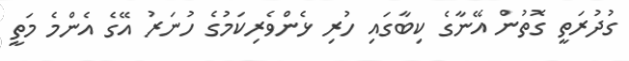
ގުދުރަތީ ގޮތުން އޭނާގެ ކިބާގައި ހުރި ޅެންވެރިކަމުގެ ހުނަރު އޭގެ އެންމެ މަތީ